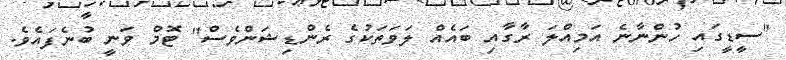
"ސީޑީގައި ހުންނާނެ އަމިއްލަ ރާގާއި ބައެއް ލަވަތަކުގެ ރެންޑިޝަންވެސް" ޓޮމް ވަނީ ބުނެފައެވެ.